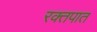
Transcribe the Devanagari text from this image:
रक्‍तपात